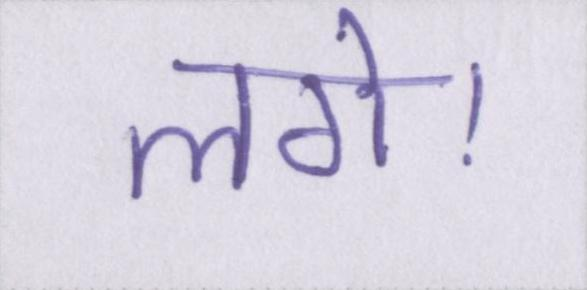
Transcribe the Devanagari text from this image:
लगे।